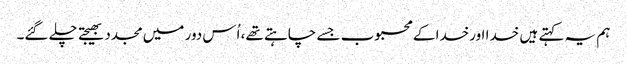
ہم یہ کہتے ہیں خدا اورخدا کے محبوب جسے چاہتے تھے، اُس دور میں مجدد بھیجتے چلے گئے۔